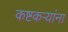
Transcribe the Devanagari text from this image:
कष्टकऱ्यांना